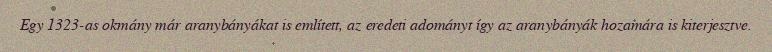
Egy 1323-as okmány már aranybányákat is említett, az eredeti adományt így az aranybányák hozamára is kiterjesztve.